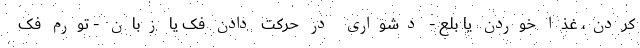
کردن، غذا خوردن یا بلع - دشواری در حرکت دادن فک یا زبان - تورم فک